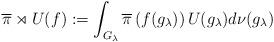
LaTeX: \begin{align*}{\overline{\pi}}\rtimes U(f):=\int_{G_\lambda}{\overline{\pi}}\left(f(g_\lambda)\right)U(g_\lambda)d\nu(g_\lambda)\end{align*}